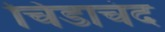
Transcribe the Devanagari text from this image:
चिडाचंद